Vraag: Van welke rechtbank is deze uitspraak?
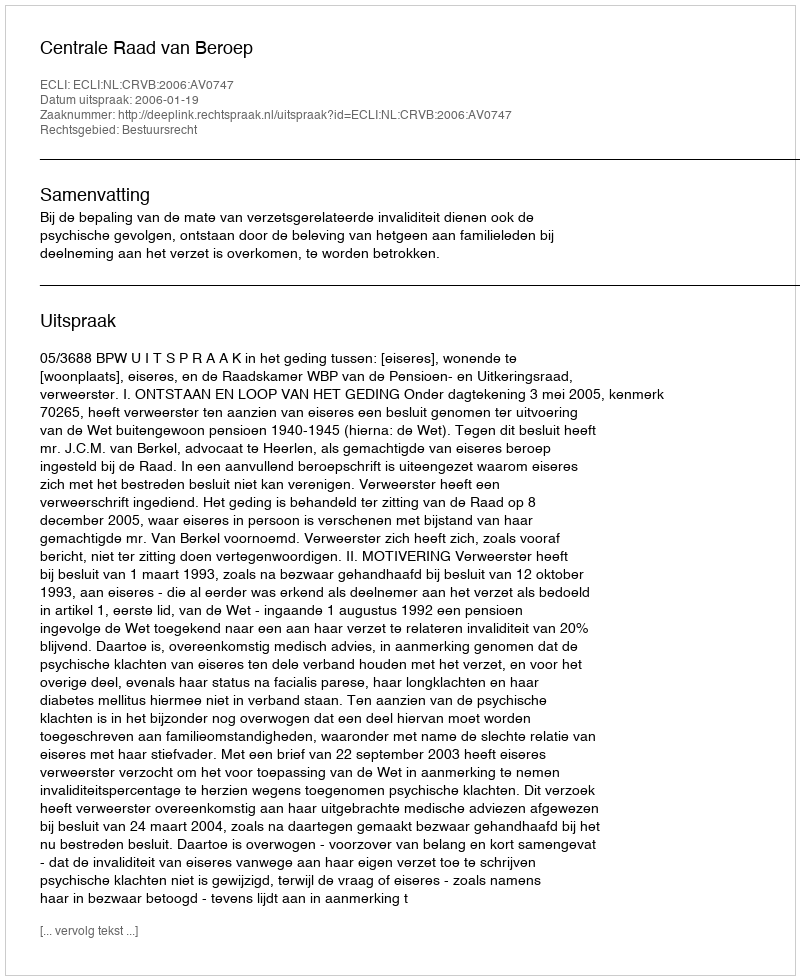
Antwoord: Centrale Raad van Beroep